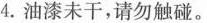
4.油漆未干，请勿触碰。